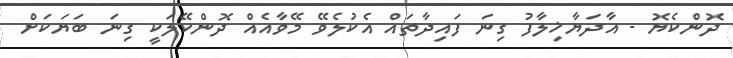
ދޮންކެޔޮ - އާދަޔާޚިލާފު ގިނަ ފައިދާތައް އެކުލެވޭ މޭވާއެއް ދޮންކޭލަކީ ގިނަ ބަޔަކަށް